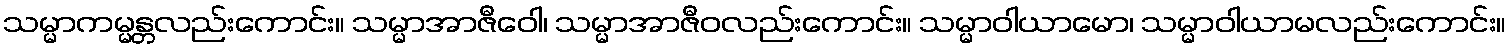
သမ္မာကမ္မန္တလည်းကောင်း။ သမ္မာအာဇီဝေါ၊ သမ္မာအာဇီဝလည်းကောင်း။ သမ္မာဝါယာမော၊ သမ္မာဝါယာမလည်းကောင်း။